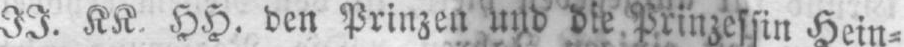
JJ. KK. HH. den Prinzen und die Prinzessin Hein⸗